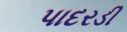
પાદરડી